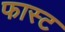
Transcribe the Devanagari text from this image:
फास्‍ट